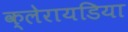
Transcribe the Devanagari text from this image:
क्लेरायडिया